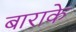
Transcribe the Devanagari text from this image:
बाराके